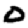
Digit: 0